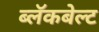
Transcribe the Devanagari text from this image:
ब्लॅकबेल्ट